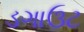
ડગાઉટ